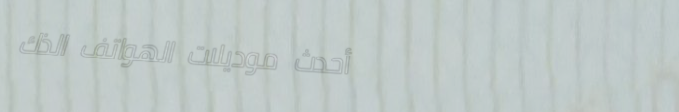
أحدث موديلات الهواتف الذك